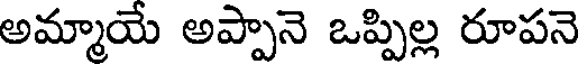
అమ్మాయే అప్పానె ఒప్పిల్ల రూపనె